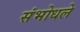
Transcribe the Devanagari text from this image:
संभोधले